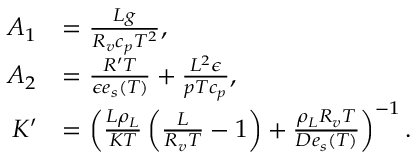
\begin{array} { r l } { A _ { 1 } } & { = \frac { L g } { R _ { v } c _ { p } T ^ { 2 } } , } \\ { A _ { 2 } } & { = \frac { R ^ { \prime } T } { \epsilon e _ { s } ( T ) } + \frac { L ^ { 2 } \epsilon } { p T c _ { p } } , } \\ { K ^ { \prime } } & { = \left( \frac { L \rho _ { L } } { K T } \left( \frac { L } { R _ { v } T } - 1 \right) + \frac { \rho _ { L } R _ { v } T } { D e _ { s } ( T ) } \right) ^ { - 1 } . } \end{array}